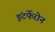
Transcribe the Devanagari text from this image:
इंटर्फेरोन